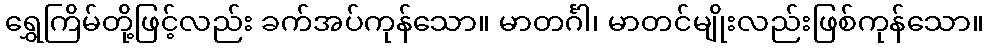
ရွှေကြိမ်တို့ဖြင့်လည်း ခက်အပ်ကုန်သော။ မာတင်္ဂါ၊ မာတင်မျိုးလည်းဖြစ်ကုန်သော။